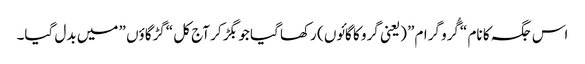
اس جگہ کا نام “گُرو گرام” (یعنی گرو کا گائوں ) رکھا گیا جو بگڑ کر آج کل “گڑگاؤں ” میں بدل گیا۔